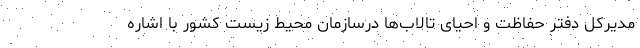
مدیرکل دفتر حفاظت و احیای تالاب‌ها درسازمان محیط زیست کشور با اشاره